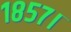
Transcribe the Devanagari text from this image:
१८५७।